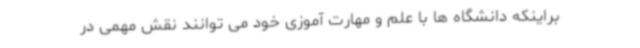
براینکه دانشگاه ها با علم و مهارت آموزی خود می توانند نقش مهمی در